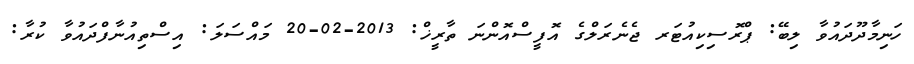
ހަނިމާދޫދައުވާ ލިބޭ: ޕްރޮސިކިއުޓަރ ޖެނެރަލްގެ އޮފީސްއޮންނަ ތާރީޚް: 2013-02-20 މައްސަލަ: އިސްތިއުނާފްދައުވާ ކުރާ: